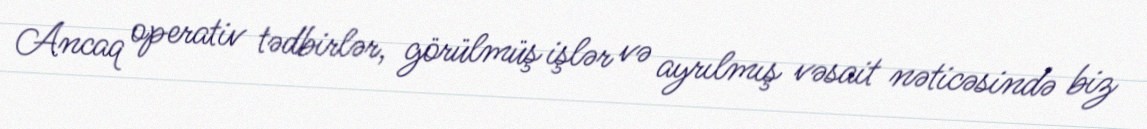
Ancaq operativ tədbirlər, görülmüş işlər və ayrılmış vəsait nəticəsində biz